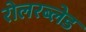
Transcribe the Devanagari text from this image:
रोलरब्लेड